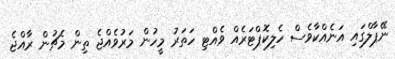
ނޭޕާލްގައި އަނެއްކާވެސް ހެލިކޮޕްޓަރެއް ވެއްޓި ހަތަރު މީހުން މަރުވެއްޖެ ތިން މެޗުން ރާއްޖެ